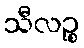
သီလဉ္စ